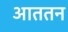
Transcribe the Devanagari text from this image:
आततन